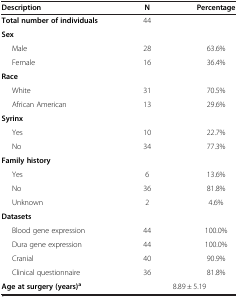
<table><thead><tr><td><b>Description</b></td><td><b>N</b></td><td><b>Percentage</b></td></tr></thead><tbody><tr><td><b>Total number of individuals</b></td><td>44</td><td> </td></tr><tr><td><b>Sex</b></td><td> </td><td> </td></tr><tr><td>Male</td><td>28</td><td>63.6%</td></tr><tr><td>Female</td><td>16</td><td>36.4%</td></tr><tr><td><b>Race</b></td><td> </td><td> </td></tr><tr><td>White</td><td>31</td><td>70.5%</td></tr><tr><td>African American</td><td>13</td><td>29.6%</td></tr><tr><td><b>Syrinx</b></td><td> </td><td> </td></tr><tr><td>Yes</td><td>10</td><td>22.7%</td></tr><tr><td>No</td><td>34</td><td>77.3%</td></tr><tr><td><b>Family history</b></td><td> </td><td> </td></tr><tr><td>Yes</td><td>6</td><td>13.6%</td></tr><tr><td>No</td><td>36</td><td>81.8%</td></tr><tr><td>Unknown</td><td>2</td><td>4.6%</td></tr><tr><td><b>Datasets</b></td><td> </td><td> </td></tr><tr><td>Blood gene expression</td><td>44</td><td>100.0%</td></tr><tr><td>Dura gene expression</td><td>44</td><td>100.0%</td></tr><tr><td>Cranial</td><td>40</td><td>90.9%</td></tr><tr><td>Clinical questionnaire</td><td>36</td><td>81.8%</td></tr><tr><td><b>Age at surgery (years)</b><sup><b>a</b></sup></td><td colspan="2">8.89 ± 5.19</td></tr></tbody></table>